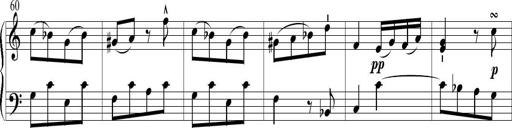
Title: 6 Leichte Sonatinen, Teil 1
Composer: F. Sigismund Sander